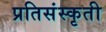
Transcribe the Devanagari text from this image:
प्रतिसंस्कृती